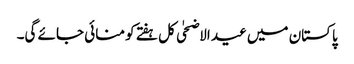
پاکستان میں عید الاضحٰی کل ہفتے کو منائی جائے گی۔